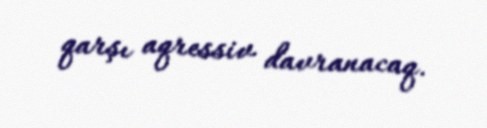
qarşı aqressiv davranacaq.